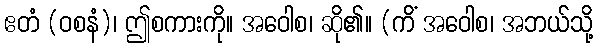
ဧတံ (ဝစနံ)၊ ဤစကားကို။ အဝေါစ၊ ဆို၏။ (ကိံ အဝေါစ၊ အဘယ်သို့